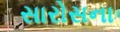
સારોસના